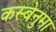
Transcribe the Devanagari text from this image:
कस्बेनुमा